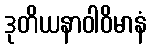
ဒုတိယနာဝါဝိမာနံ